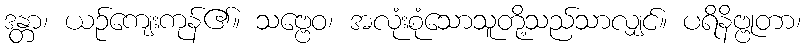
ဒန္တာ၊ ယဉ်ကျေးကုန်၏။ သဗ္ဗေဝ၊ အလုံးစုံသောသူတို့သည်သာလျှင်။ ပရိနိဗ္ဗုတာ၊